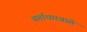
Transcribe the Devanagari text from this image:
वर्गाधारवाले